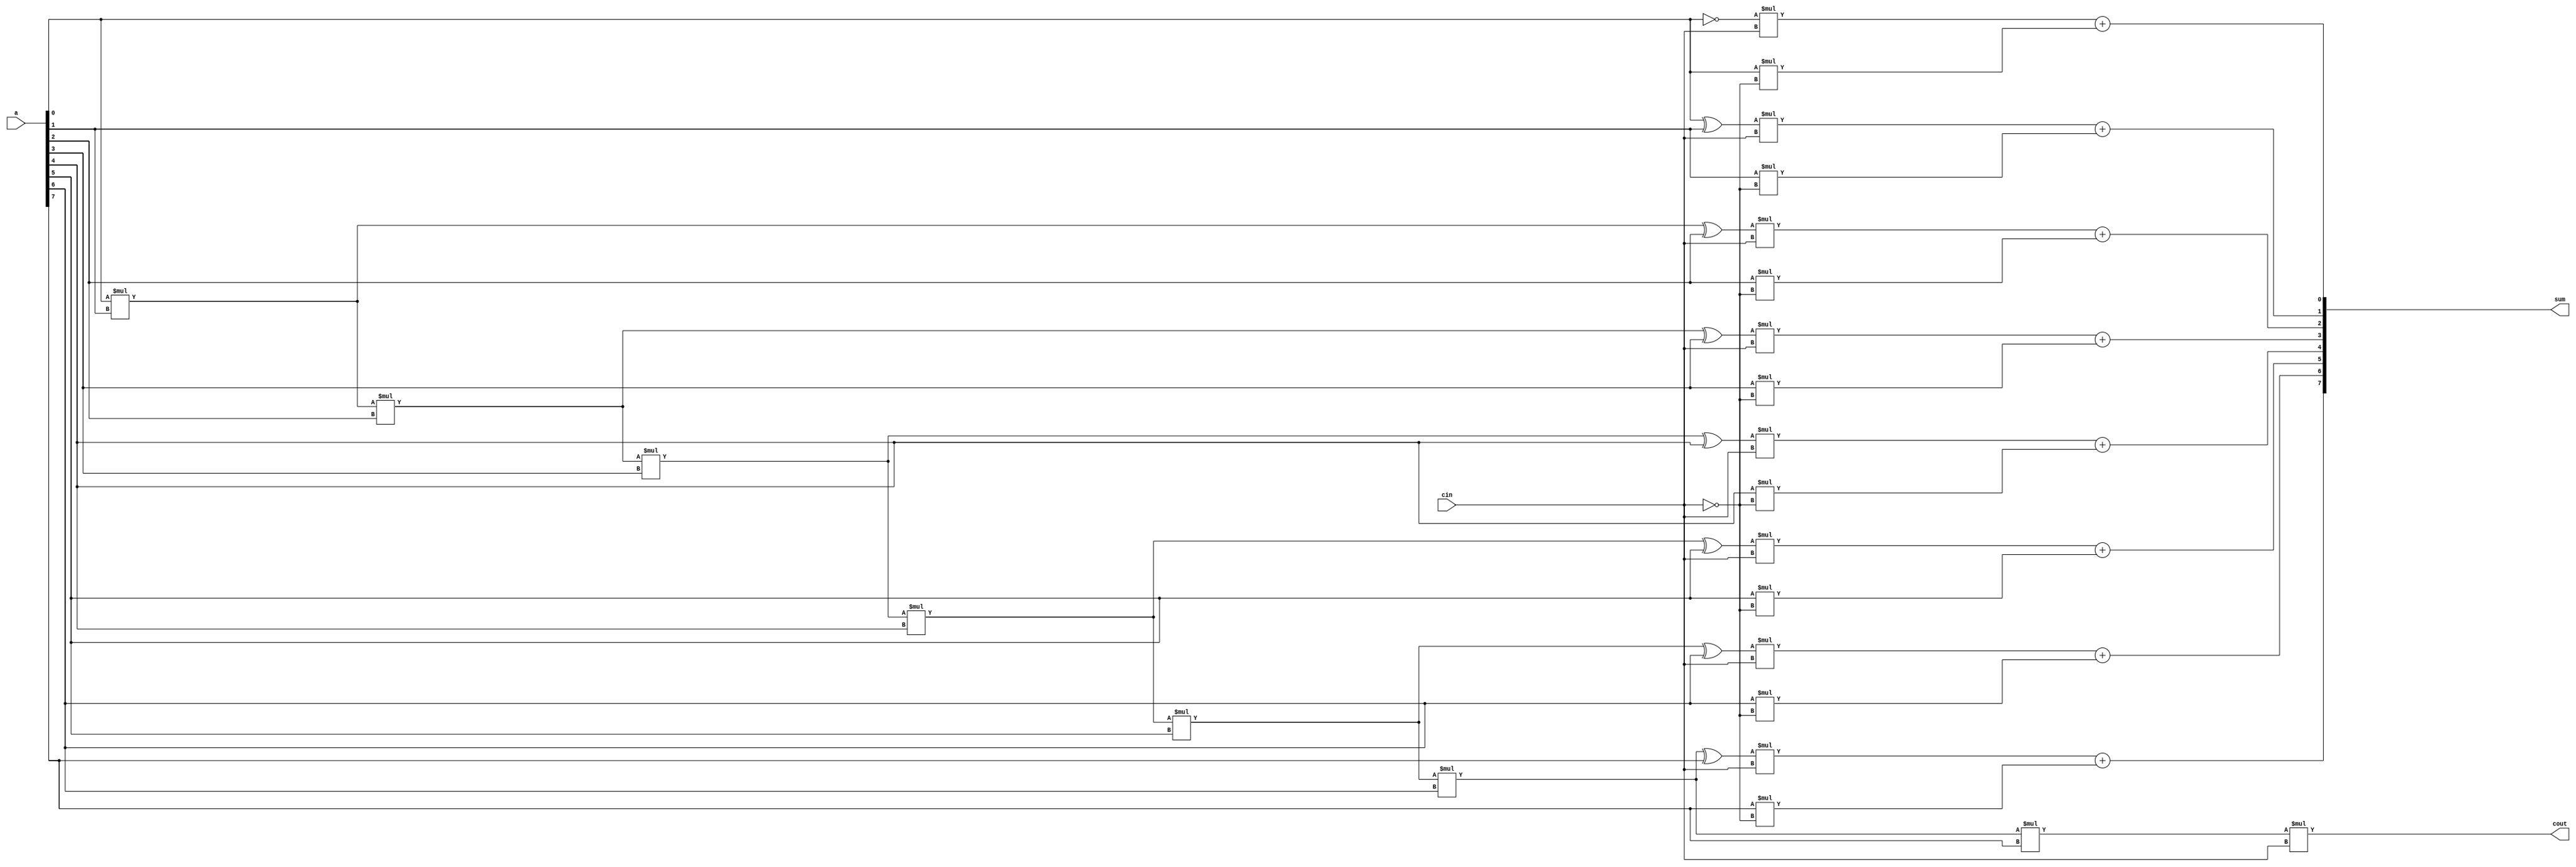
module INCR2(a,cin,sum,cout);

	// a,cin are the two inputs
	input [7:0] a; 
	input cin;
	
	// sum,cout	are the two outputs				
	output [7:0] sum;
	output cout;
	
	// incrementing 'a' if cin==1
	assign sum[0]=(~a[0])*cin+a[0]*(~cin);
	assign sum[1]=(a[0]^a[1])*cin+a[1]*(~cin);
	assign sum[2]=((a[0]*a[1])^a[2])*cin+a[2]*(~cin);
	assign sum[3]=((a[0]*a[1]*a[2])^a[3])*cin+a[3]*(~cin);
	assign sum[4]=((a[0]*a[1]*a[2]*a[3])^a[4])*cin+a[4]*(~cin);
	assign sum[5]=((a[0]*a[1]*a[2]*a[3]*a[4])^a[5])*cin+a[5]*(~cin);
	assign sum[6]=((a[0]*a[1]*a[2]*a[3]*a[4]*a[5])^a[6])*cin+a[6]*(~cin);
	assign sum[7]=((a[0]*a[1]*a[2]*a[3]*a[4]*a[5]*a[6])^a[7])*cin+a[7]*(~cin);
	assign cout=a[0]*a[1]*a[2]*a[3]*a[4]*a[5]*a[6]*a[7]*cin;


endmodule